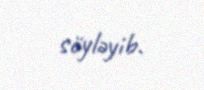
söyləyib.